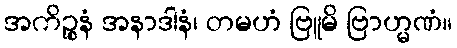
အကိဉ္စနံ အနာဒါနံ၊ တမဟံ ဗြူမိ ဗြာဟ္မဏံ။